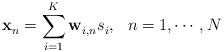
LaTeX: \begin{align*}\mathbf{x}^{}_n = \sum^{K}_{i=1}\mathbf{w}^{}_{i,n}s^{}_i, ~~ n = 1,\cdots,N\end{align*}